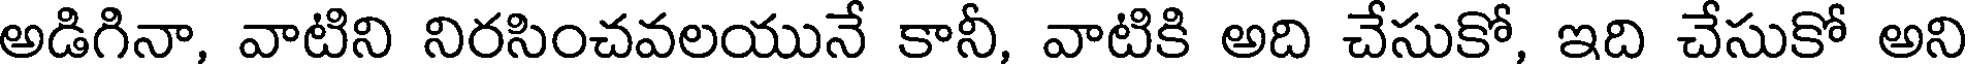
అడిగినా, వాటిని నిరసించవలయునే కానీ, వాటికి అది చేసుకో, ఇది చేసుకో అని